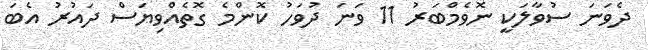
ދެވަނަ ސުވާލަކީ ނޮވެމްބަރު 11 ވަނަ ދުވަހު ކޮންމެ ގޮތެއްވިޔަސް ދައުރު އެބަ